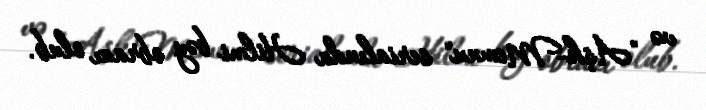
və "Aşk-Memnu" serialında Hilmi bəy obrazı olub.